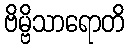
ဗိမ္ဗိသာရောတိ